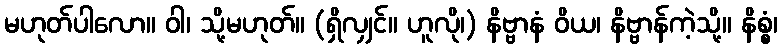
မဟုတ်ပါလော။ ဝါ၊ သို့မဟုတ်။ (ရှိလျှင်။ ဟူလို၊) နိဗ္ဗာနံ ဝိယ၊ နိဗ္ဗာန်ကဲ့သို့။ နိစ္စံ၊